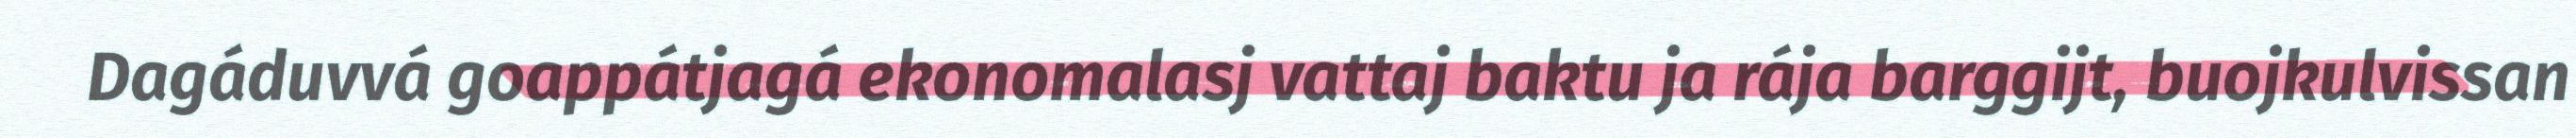
Dagáduvvá goappátjagá ekonomalasj vattaj baktu ja rája barggijt, buojkulvissan